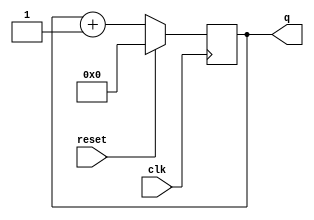
module top_module (
    input clk,
    input reset,      // Synchronous active-high reset
    output [3:0] q);

    always @(posedge clk)
        if (reset) q <= 0;
    	else q <= q + 4'd1;
endmodule